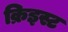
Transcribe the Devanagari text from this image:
क्रिइस्ट